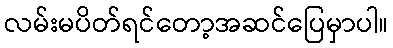
လမ်းမပိတ်ရင်တော့အဆင်ပြေမှာပါ။